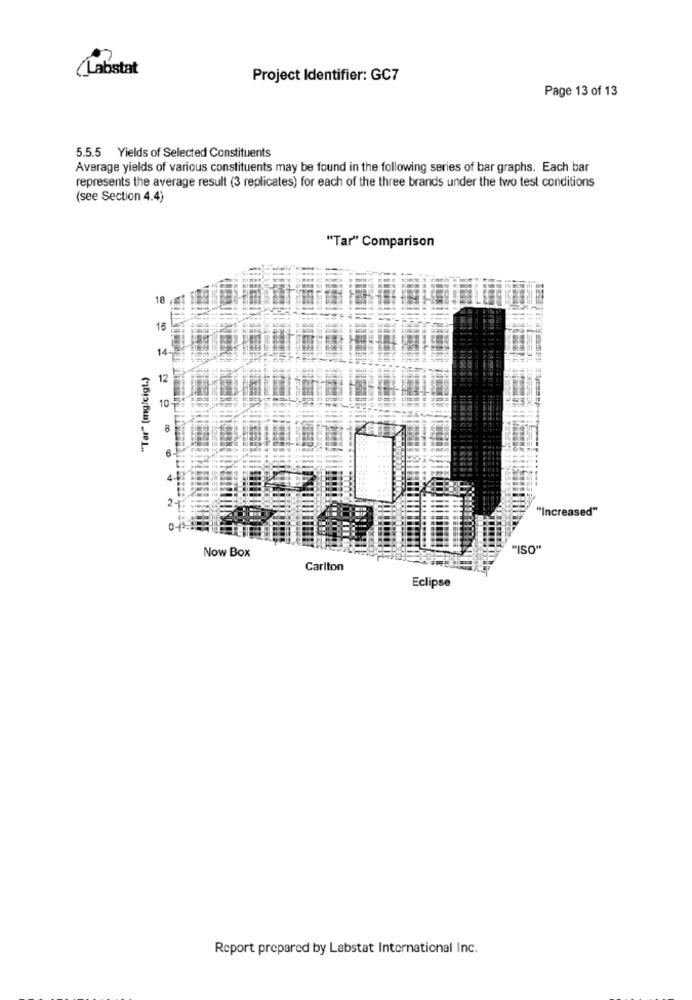
(Labstat
Project Identifier: GC7
Page 13 of 13
5.5.5 Yields of Selected Constituents
Average yields of various constituents may be found in the following series of bar graphs. Each bar
represents the average result (3 replicates) for each of the three brands under the two test conditions
(see Section 4.4)
"Tar" Comparison
18
1€
14
"Tar" [mg/cigt.)
12
10
8
"Increased"
0-
Now Box
"ISO"
Carlton
Eclipse
Report prepared by Labstat International Inc.